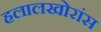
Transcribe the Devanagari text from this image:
हलालखोरांस